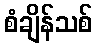
စံချိန်သစ်